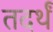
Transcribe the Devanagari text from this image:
तदर्थं